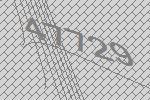
47729